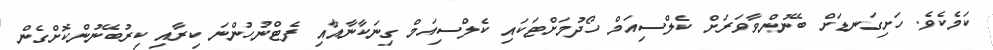
ކަމެކެވެ. ހަށިގަނޑަށް ބޭނުންވާވަރަށް ކެލްސިއަމް ހޯދުމަށްޓަކައި ކެލްސިއަމް ގިނަކާނާއާއި ފެޓްނުހުންނަ ކިރާއި ކިރުބޭނުންކޮށްގެން